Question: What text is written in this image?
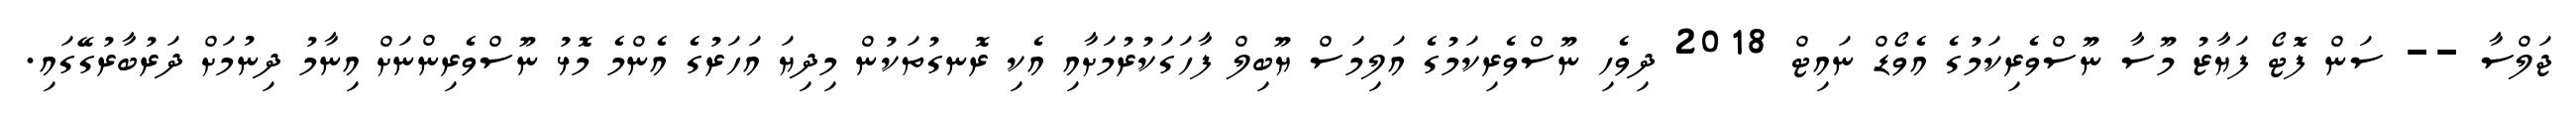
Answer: ޖަލްސާ -- ސަން ފޮޓޯ ފަޔާޒު މޫސާ ނޫސްވެރިކަމުގެ އެވޯޑް ނައިޓް 2018 ދިވެހި ނޫސްވެރިކަމުގެ އަލިމަސް ޔޫބިލް ފާހަގަކުރުމަށާއި އެކި ރޮނގުތަކުން މިދިޔަ އަހަރުގެ އެންމެ މޮޅު ނޫސްވެރިންނަށް އިނާމު ދިނުމަށް ދަރުބާރުގޭގައި.